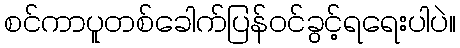
စင်ကာပူတစ်ခေါက်ပြန်ဝင်ခွင့်ရရေးပါပဲ။